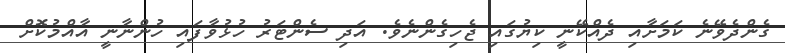
ގެންދެވޭނެ ކަމަށާއި ދެއްކޭނީ ކިޔުގައި ޖެހިގެންނެވެ. އަދި ސެންޓަރު ހުޅުވާފައި ހުންނާނީ އާއްމުކޮށް